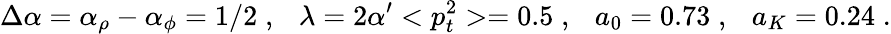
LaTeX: \Delta\alpha=\alpha_{\rho}-\alpha_{\phi}=1/2\; ,~~~\lambda=2\alpha^{\prime}<p_{t}^{2}>=0.5\; ,~~~a_{0}=0.73\; ,~~~a_{K}=0.24\; .